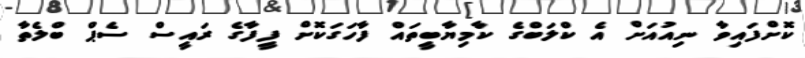
ކޮށްފައިވާ ނިއުއަށް އެ ކްލަބްގެ ކާމިޔާބީތައް ފާހަގަކޮށް ފީފާގެ ރައީސް ސެޕް ބްލެތާ